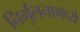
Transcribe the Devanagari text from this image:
निर्मुलनामध्ये